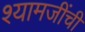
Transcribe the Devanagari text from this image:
श्यामजींची